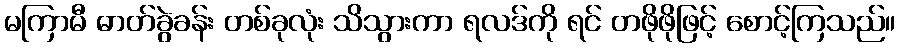
မကြာမီ ဓာတ်ခွဲခန်း တစ်ခုလုံး သိသွားကာ ရလဒ်ကို ရင် တဖိုဖိုဖြင့် စောင့်ကြသည်။